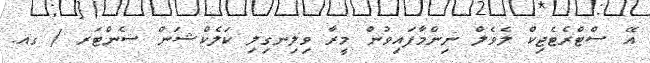
އޭ ސްޓްރެޓެޖިކް ލެވެލް ނިންމާފައިވުން މީރާ ވިލިނގިލި ކަލެކްޝަން ސެންޓަރ / ގއ.